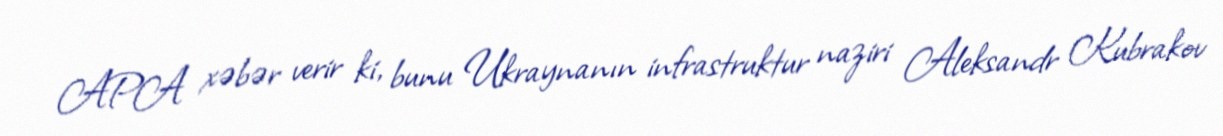
APA xəbər verir ki, bunu Ukraynanın infrastruktur naziri Aleksandr Kubrakov